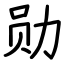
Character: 勋